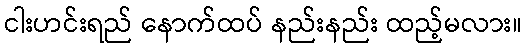
ငါးဟင်းရည် နောက်ထပ် နည်းနည်း ထည့်မလား။